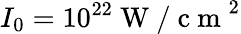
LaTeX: I_{0}=10^{22}\mathrm{~W~/~c~m~}^{2}